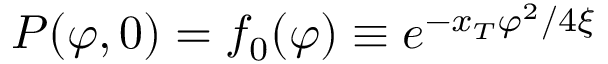
P ( \varphi , 0 ) = f _ { 0 } ( \varphi ) \equiv e ^ { - x _ { T } \varphi ^ { 2 } / 4 \xi }